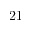
2 1